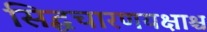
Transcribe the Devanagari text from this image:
सिद्धचारणयक्षाश्च